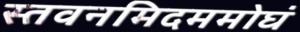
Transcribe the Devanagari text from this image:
स्तवनमिदममोघं